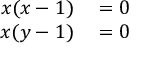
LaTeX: \begin{array} { r l } { x ( x - 1 ) } & { { } = 0 } \\ { x ( y - 1 ) } & { { } = 0 } \end{array}